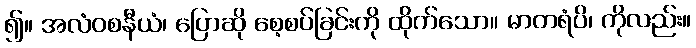
၍။ အလံဝစနီယံ၊ ပြောဆို စေ့စပ်ခြင်းကို ထိုက်သော။ မာတရံပိ၊ ကိုလည်း။